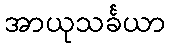
အာယုသင်္ခယာ